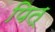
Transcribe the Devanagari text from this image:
पित्‌